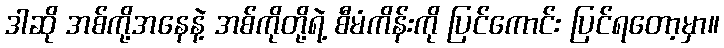
ဒါဆို အစ်ကို့အနေနဲ့ အစ်ကိုတို့ရဲ့ စီမံကိန်းကို ပြင်ကောင်း ပြင်ရတော့မှာ။